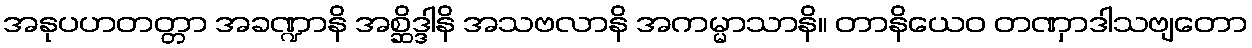
အနုပဟတတ္တာ အခဏ္ဍာနိ အစ္ဆိဒ္ဒါနိ အသဗလာနိ အကမ္မာသာနိ။ တာနိယေဝ တဏှာဒါသဗျတော